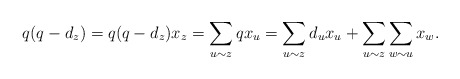
\begin{align*} q(q-d_z)=q(q-d_z)x_z=\sum_{u\sim z}qx_u=\sum_{u\sim z}d_ux_u+\sum_{u\sim z}\sum_{w\sim u}x_w. \end{align*}